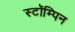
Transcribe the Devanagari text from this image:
स्टॉम्पिन